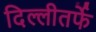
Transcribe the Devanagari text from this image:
दिल्लीतर्फे